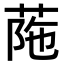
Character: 𦰜